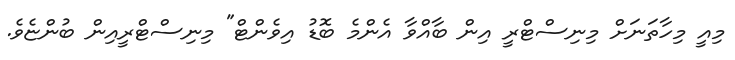
މިއީ މިހާތަނަށް މިނިސްޓްރީ އިން ބާއްވާ އެންމެ ބޮޑު އިވެންޓް" މިނިސްޓްރީއިން ބުންޏެވެ.